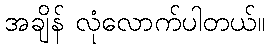
အချိန် လုံလောက်ပါတယ်။